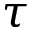
\tau